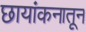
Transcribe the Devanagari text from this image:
छायांकनातून